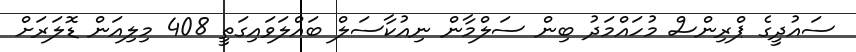
ސައުދީގެ ޕްރިންސް މުހައްމަދު ބިން ސަލްމާން ނިއުކާސަލް ބައްލަވައިގަތީ 408 މިލިއަން ޑޮލަރަށް